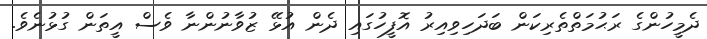
ދެމީހުންގެ ރަޙުމަތްތެރިކަން ބަދަހިވިއިރު އޮފީހުގައި ދެން އުޅޭ ޒުވާނުންނާ ވެސް އީތަން ގުޅުނެވެ.